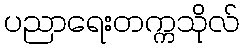
ပညာရေးတက္ကသိုလ်